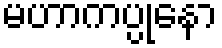
မဟာကပ္ပုနော